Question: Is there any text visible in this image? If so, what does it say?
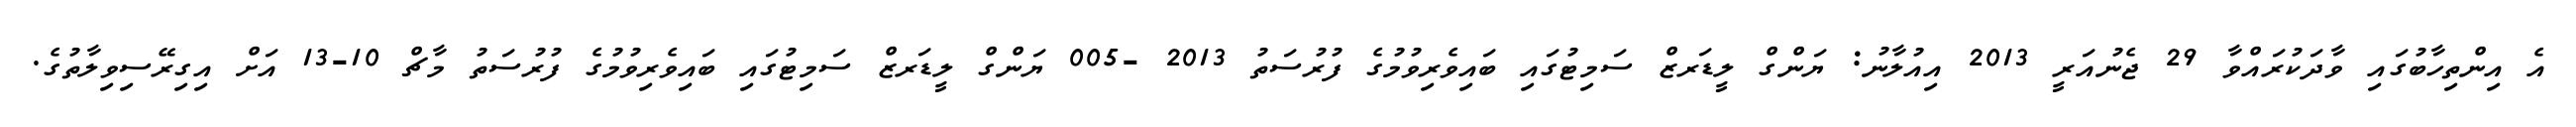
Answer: އެ އިންތިހާބުގައި ވާދަކުރައްވާ 29 ޖެނުއަރީ 2013 އިއުލާނު: ޔަންގް ލީޑަރޒް ސަމިޓުގައި ބައިވެރިވުމުގެ ފުރުސަތު 2013 -005 ޔަންގް ލީޑަރޒް ސަމިޓުގައި ބައިވެރިވުމުގެ ފުރުސަތު މާޗް 10-13 އަށް އިގިރޭސިވިލާތުގެ.